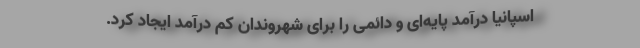
اسپانیا درآمد پایه‌ای و دائمی را برای شهروندان کم درآمد ایجاد کرد.